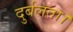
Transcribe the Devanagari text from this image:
दुर्बलता।